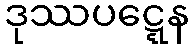
ဒုဿပဋ္ဋေန